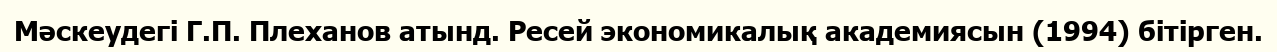
Мәскеудегі Г.П. Плеханов атынд. Ресей экономикалық академиясын (1994) бітірген.